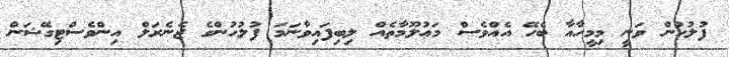
ފުލުހުން ވަނީ މިމީހާއާ ބެހޭ އެއްވެސް މަޢުލޫމާތެއް ލިބިފައިވާނަމަ ފުލުހުންގެ ޖެނެރަލް އިންވެސްޓިގޭޝަން